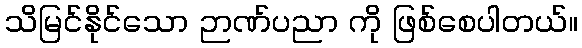
သိမြင်နိုင်သော ဉာဏ်ပညာ ကို ဖြစ်စေပါတယ်။